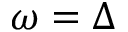
\omega = \Delta